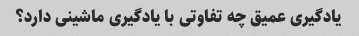
یادگیری عمیق چه تفاوتی با یادگیری ماشینی دارد؟